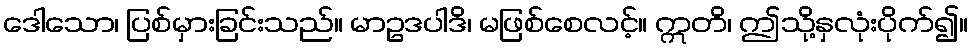
ဒေါသော၊ ပြစ်မှားခြင်းသည်။ မာဥဒပါဒိ၊ မဖြစ်စေလင့်။ ဣတိ၊ ဤသို့နှလုံးပိုက်၍။